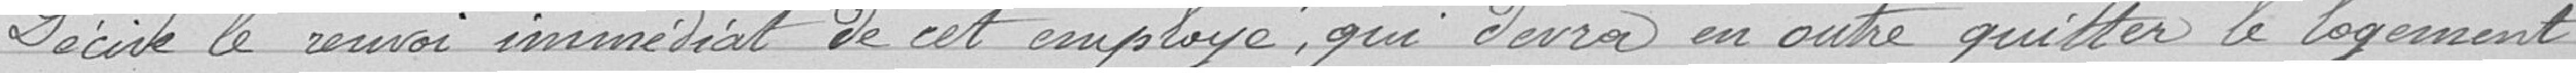
Décide le renvoi immédiat de cet employé, qui devra en outre quitter le logement